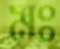
মঃ